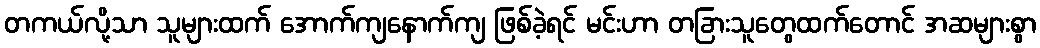
တကယ်လို့သာ သူများထက် အောက်ကျနောက်ကျ ဖြစ်ခဲ့ရင် မင်းဟာ တခြားသူတွေထက်တောင် အဆများစွာ